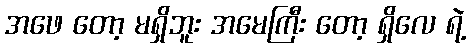
အဖေ တော့ မရှိဘူး အမေကြီး တော့ ရှိလေ ရဲ့